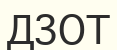
ДЗОТ